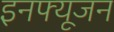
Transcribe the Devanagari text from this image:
इनफ्यूजन